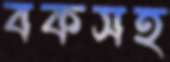
বকসহ